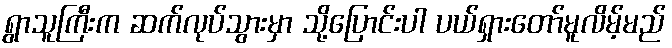
ရွာသူကြီးက ဆက်လုပ်သွားမှာ သို့ပြောင်းပါ ပယ်ရှားတော်မူလိမ့်မည်